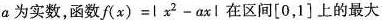
a为实数，函数f $$f(x) = |x^{2} - ax|$$ 在区间[0，1]上的最大